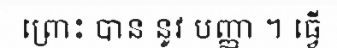
ព្រោះ បាន នូវ បញ្ញា ។ ធ្វើ